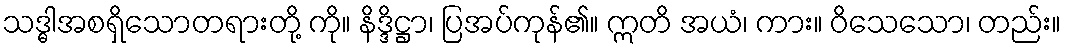
သဒ္ဓါအစရှိသောတရားတို့ ကို။ နိဒ္ဒိဋ္ဌာ၊ ပြအပ်ကုန်၏။ ဣတိ အယံ၊ ကား။ ဝိသေသော၊ တည်း။